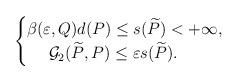
LaTeX: \begin{align*}\begin{cases}\beta(\varepsilon, Q){d}(P)\le {s}(\widetilde P)<+\infty,\\\ \ \ \ \mathcal G_2(\widetilde P, P)\le\varepsilon {s}(\widetilde P).\end{cases}\end{align*}